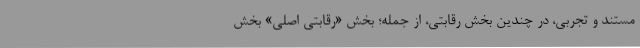
مستند و تجربی، در چندین بخش رقابتی، از جمله؛ بخش «رقابتی اصلی» بخش